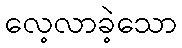
လေ့လာခဲ့သော